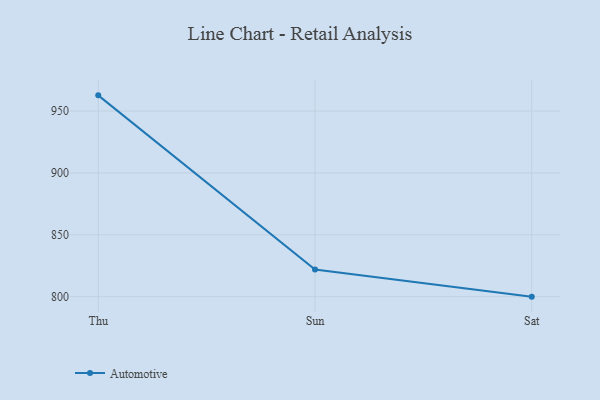
{"axis": {"x": "Day", "y": "Page Views"}, "legend": ["Automotive"], "data": [{"x": "Thu", "y": 962.7, "type": "Automotive"}, {"x": "Sun", "y": 821.9, "type": "Automotive"}, {"x": "Sat", "y": 800, "type": "Automotive"}]}